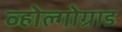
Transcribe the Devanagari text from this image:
व्होल्गोग्राड